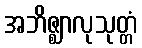
အဘိဇ္ဈာလုသုတ္တံ